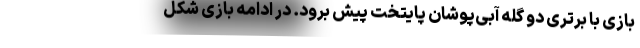
بازی با برتری دو گله آبی‌پوشان پایتخت پیش برود. در ادامه بازی شکل